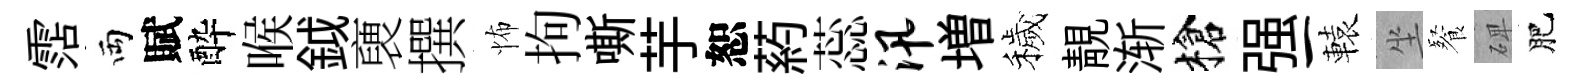
霑両賦酔喉鉞褏撰怖拘嘶芋恕葯蕊汛増穢靚渐槍强一轅坐餐𥓓肥